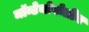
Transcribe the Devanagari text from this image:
मॉन्टेनोपोलीन